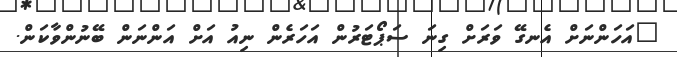
"އަހަންނަށް އެނގޭ ވަރަށް ގިނަ ސަޕޯޓަރުން އަހަރެން ނިއު އަށް އަންނަން ބޭނުންވާކަން.